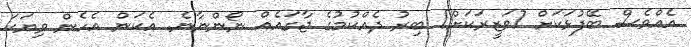
އެއްވެސް ބޭފުޅަކަށް [ވަޒީރަކަށް] ބިރު ދެއްކުމުގެ ޖާގައެއް ނޯންނާނެ. އެކަން އެހެން ވިޔަކަ